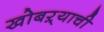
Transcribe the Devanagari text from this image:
खोबऱ्याची